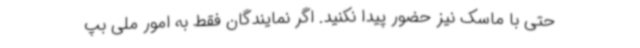
حتی با ماسک نیز حضور پیدا نکنید. اگر نمایندگان فقط به امور ملی بپ